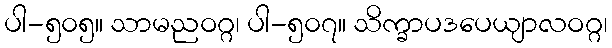
ပါ-၅၀၅။ သာမညဝဂ္ဂ၊ ပါ-၅၀၇။ သိက္ခာပဒပေယျာလဝဂ္ဂ၊